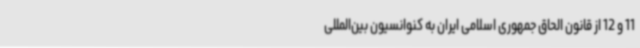
11 و 12 از قانون الحاق جمهوری اسلامی ایران به کنوانسیون بین‌المللی